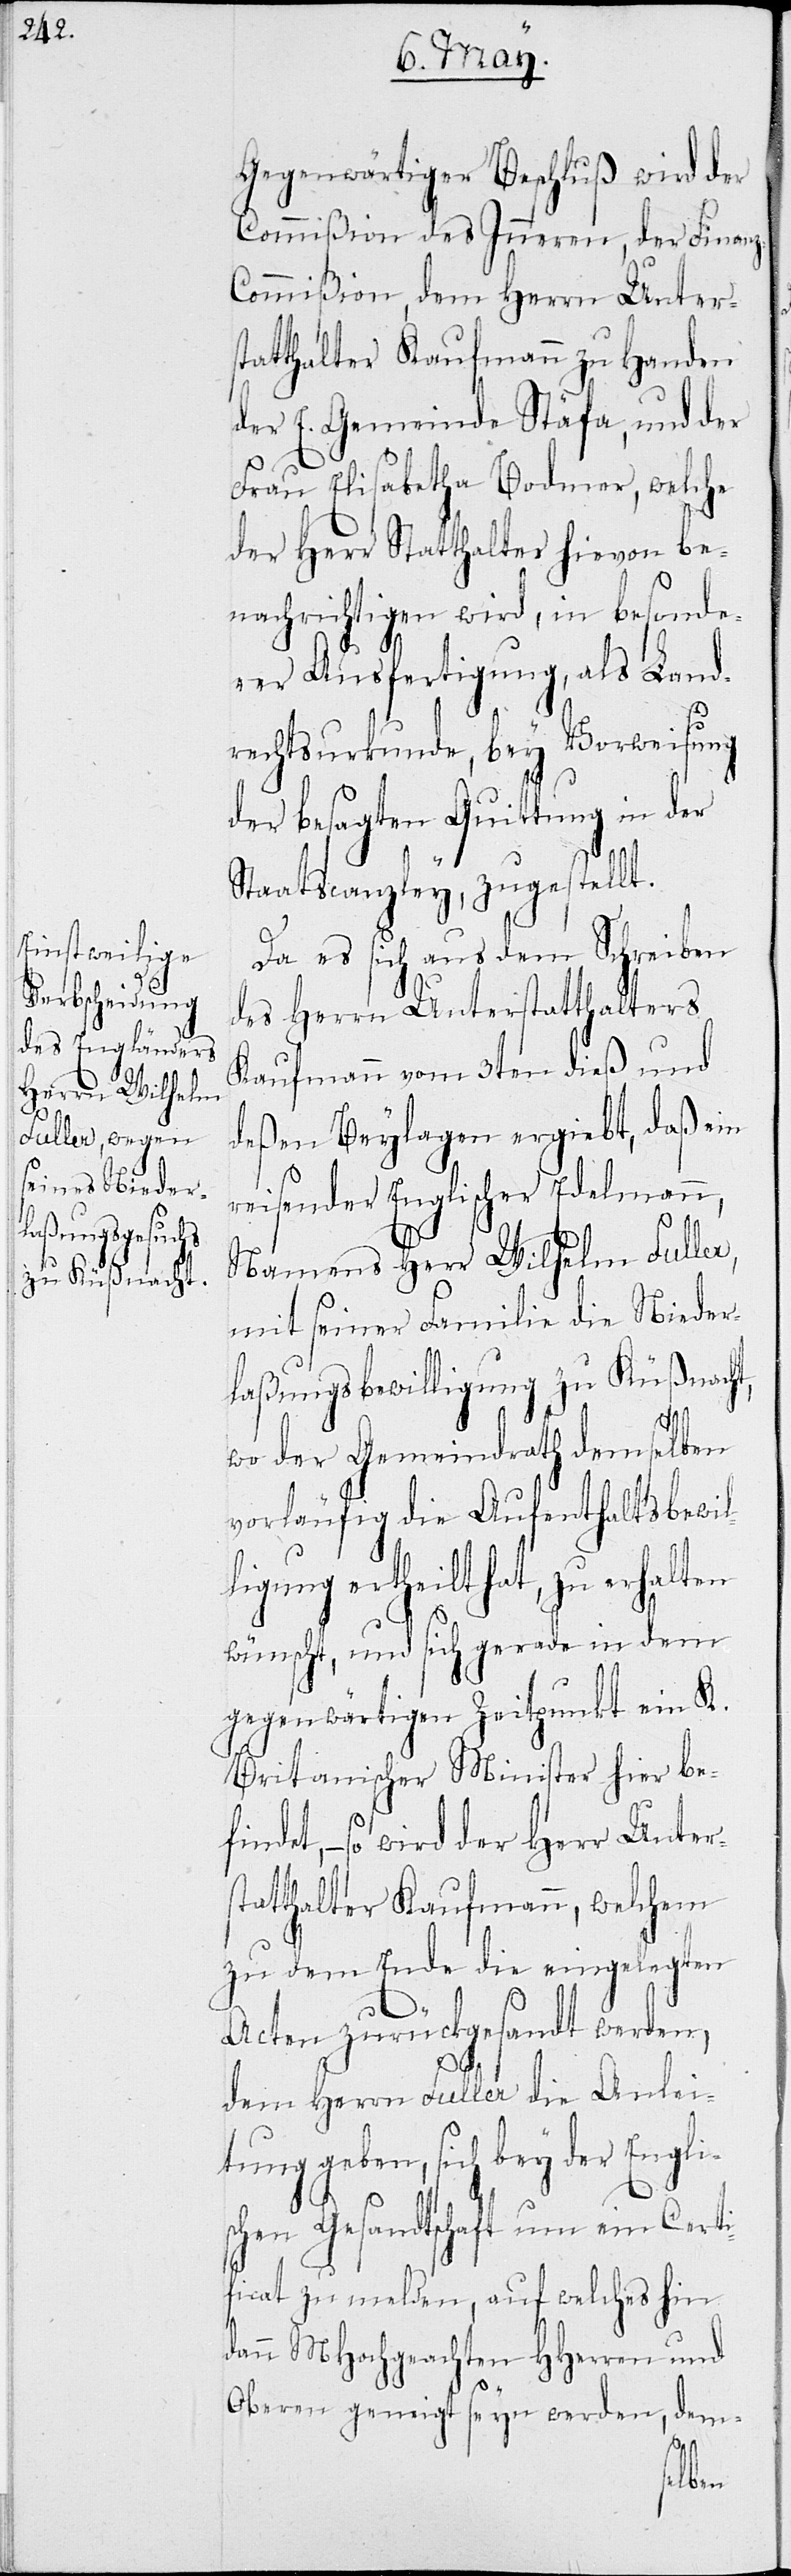
Gegenwärtiger Beschluß wird der
Commißion des Inneren, der Finan¬
ommißion, dem Herrn Unters¬
tatthalter Kaufmann zu Handen
der E. Gemeinde Stäfa, und der
Frau Elisabetha Bodmer, welche
der Herr Statthalter hievon be¬
nachrichtigen wird, in besonde¬
rer Ausfertigung, als Land¬
rechtsurkunde, bey Vorweisung
der besagten Quittung in der
Staatscanzley, zugestellt.
Da es sich aus dem Schreiben
des Herrn Unterstatthalters
Kaufmann vom 3ten dieß und
deßen Beylagen ergiebt, daß ein
reisender Englischer Edelmann,
Namens Herr Wilhelm Fuller,
mit seiner Familie die Nieder¬
laßungsbewilligung zu Küßnacht,
wo der Gemeinderath demselben
vorläufig die Aufenthaltsbewil¬
ligung ertheilt hat, zu erhalten
wünscht, und sich gerade in dem
gegenwärtigen Zeitpunkt ein K.
Britanischer Minister hier bef¬
indet, – so wird der Herr Unter¬
statthalter Kaufmann, welchem
zu dem Ende die eingelegten
Acten zurückgesandt werden,
z-C¬
dem Herrn Fuller die Anlei¬
tung geben, sich bey der Engli¬
schen Gesandtschaft um ein Certi¬
ficat zu melden, auf welches hin
dann MHochgeachten HHerren und
Oberen geneigt seyn werden, dem-